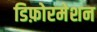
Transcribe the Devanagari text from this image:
डिफ़ोरमेशन